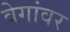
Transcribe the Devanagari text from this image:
वेगांवर